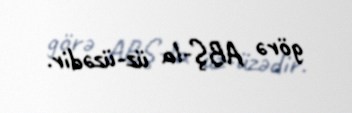
görə ABŞ-la üz-üzədir.